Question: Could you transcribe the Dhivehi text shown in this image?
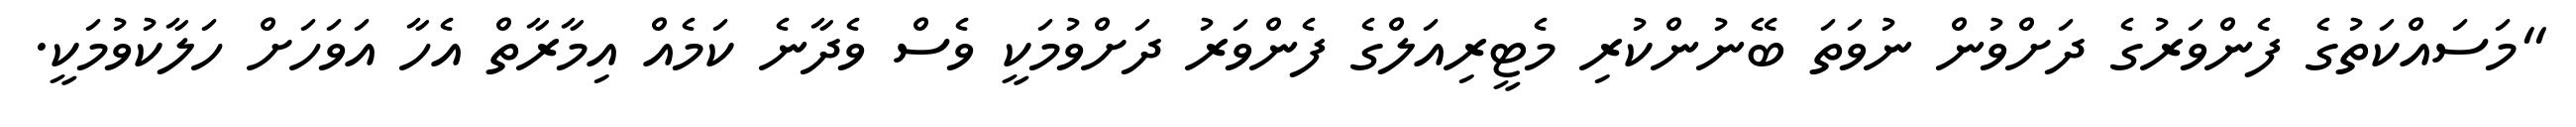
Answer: "މަސައްކަތުގެ ފެންވަރުގެ ދަށްވުން ނުވަތަ ބޭނުންކުރި މެޓީރިއަލްގެ ފެންވަރު ދަށްވުމަކީ ވެސް ވެދާނެ ކަމެއް އިމާރާތް އެހާ އަވަހަށް ހަލާކުވުމަކީ.